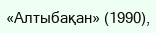
«Алтыбақан» (1990),